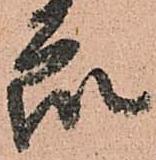
衆